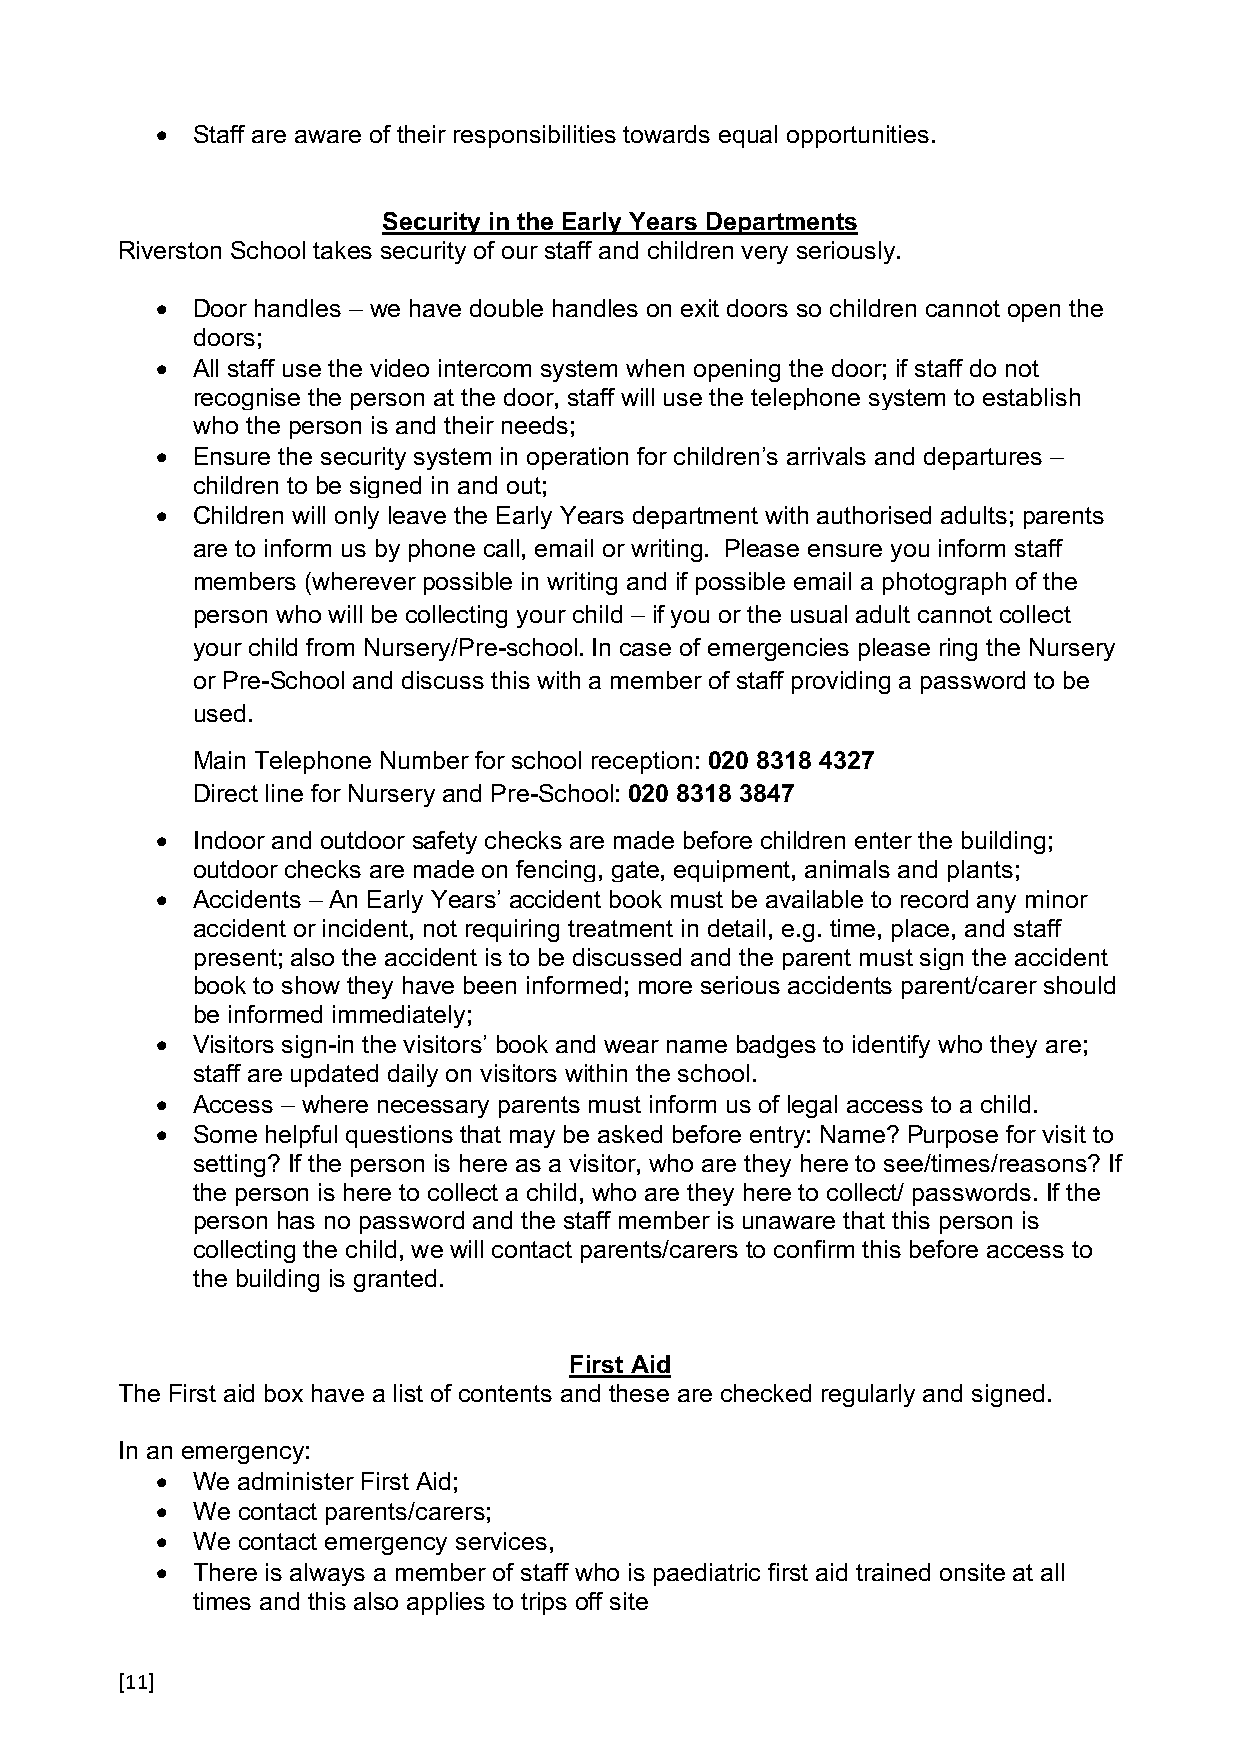
•  Staff are aware of their responsibilities towards equal opportunities.
 Security in the Early Years Departments
 Riverston School takes security of our staff and children very seriously.
 •  Door handles – we have double handles on exit doors so children cannot open the
 doors;
 •  All staff use the video intercom system when opening the door; if staff do not
 recognise the person at the door, staff will use the telephone system to establish
 who the person is and their needs;
 •  Ensure the security system in operation for children’s arrivals and departures –
 children to be signed in and out;
 •  Children will only leave the Early Years department with authorised adults; parents
 are to inform us by phone call, email or writing. Please ensure you inform staff
 members (wherever possible in writing and if possible email a photograph of the
 person who will be collecting your child – if you or the usual adult cannot collect
 your child from Nursery/Pre-school. In case of emergencies please ring the Nursery
 or Pre-School and discuss this with a member of staff providing a password to be
 used.
 Main Telephone Number for school reception: 020 8318 4327
 Direct line for Nursery and Pre-School: 020 8318 3847
 •  Indoor and outdoor safety checks are made before children enter the building;
 outdoor checks are made on fencing, gate, equipment, animals and plants;
 •  Accidents – An Early Years’ accident book must be available to record any minor
 accident or incident, not requiring treatment in detail, e.g. time, place, and staff
 present; also the accident is to be discussed and the parent must sign the accident
 book to show they have been informed; more serious accidents parent/carer should
 be informed immediately;
 •  Visitors sign-in the visitors’ book and wear name badges to identify who they are;
 staff are updated daily on visitors within the school.
 •  Access – where necessary parents must inform us of legal access to a child.
 •  Some helpful questions that may be asked before entry: Name? Purpose for visit to
 setting? If the person is here as a visitor, who are they here to see/times/reasons? If
 the person is here to collect a child, who are they here to collect/ passwords. If the
 person has no password and the staff member is unaware that this person is
 collecting the child, we will contact parents/carers to confirm this before access to
 the building is granted.
 First Aid
 The First aid box have a list of contents and these are checked regularly and signed.
 In an emergency:
 •  We administer First Aid;
 •  We contact parents/carers;
 •  We contact emergency services,
 •  There is always a member of staff who is paediatric first aid trained onsite at all
 times and this also applies to trips off site
 [11]